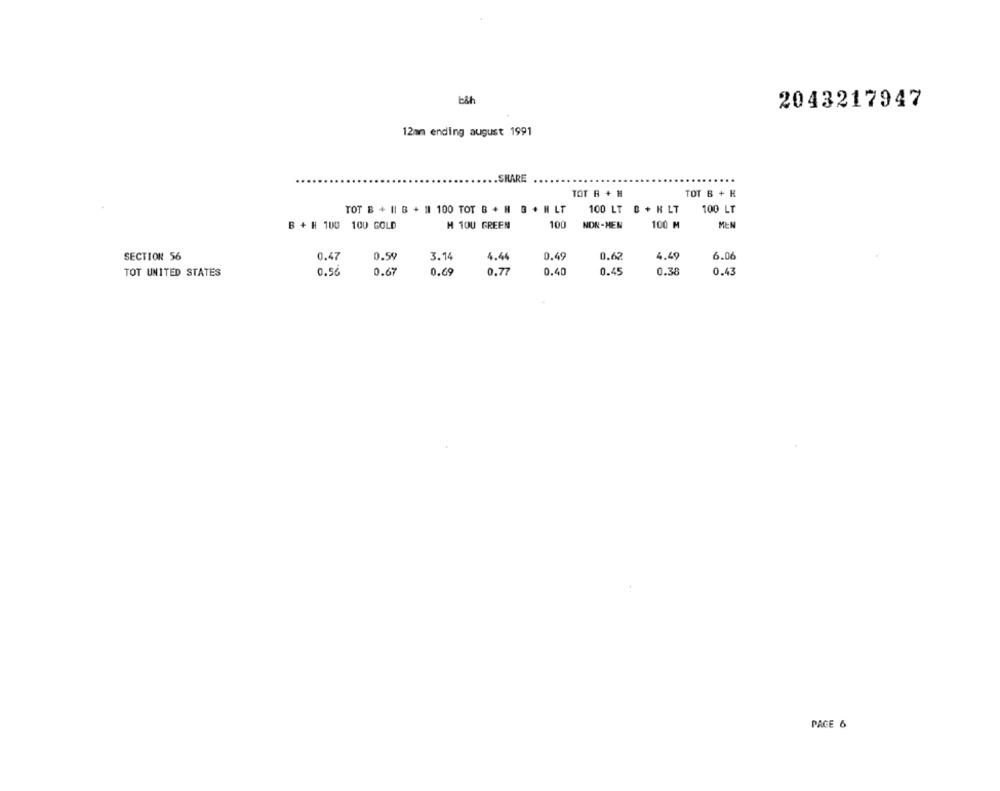
bih
2043217947
12mm ending august 1991
.SHARE
TOT B + H
TOT B + H
TOT B + II B + 11 100 TOT B + H B . H LT
100 LT B + H LT
100 LT
B + H 100 100 GOLD
H 100 GREEN
100
NON-HEN
100 M
MEN
SECTION 56
0.47
0.59
3.14
4.44
0.49
0.62
4.49
6.06
TOT UNITED STATES
0.56
0.67
0.69
0.77
0.40
0.45
0.38
0.43
PAGE 6